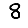
Digit: 8